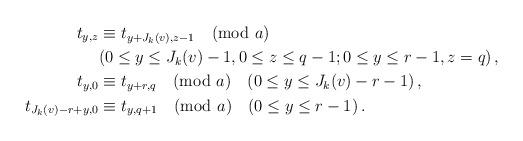
LaTeX: \begin{align*} t_{y,z}&\equiv t_{y+J_k(v),z-1}\pmod{a}\\&(0\le y\le J_{k}(v)-1,0\le z\le q-1; 0\le y\le r-1,z=q)\,,\\t_{y,0}&\equiv t_{y+r,q}\pmod{a}\quad(0\le y\le J_k(v)-r-1)\,,\\t_{J_k(v)-r+y,0}&\equiv t_{y,q+1}\pmod{a}\quad(0\le y\le r-1)\,. \end{align*}